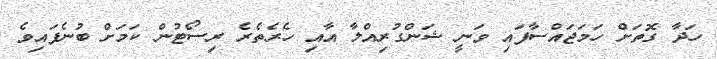
ހަދާ ގޮތަށް ހަމަޖައްސާފައި ވަނީ ޝަންގުރިއްލާ އާއި ހެރެތެރެ ރިސޯޓުން ކަމަށް ބުނެފައިވެ